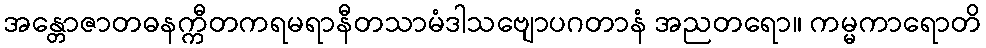
အန္တောဇာတဓနက္ကီတကရမရာနီတသာမံဒါသဗျောပဂတာနံ အညတရော။ ကမ္မကာရောတိ